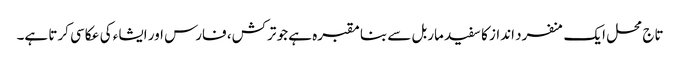
تاج محل ایک منفرد انداز کا سفید ماربل سے بنا مقبرہ ہے جو ترکش، فارس اور ایشاء کی عکاسی کرتا ہے۔